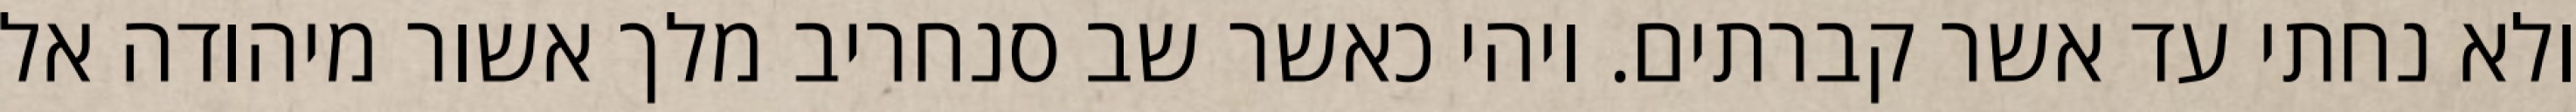
ולא נחתי עד אשר קברתים. ויהי כאשר שב סנחריב מלך אשור מיהודה אל